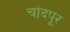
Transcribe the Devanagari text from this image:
चांदपूर